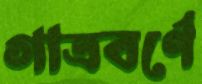
গাত্রবর্ণে